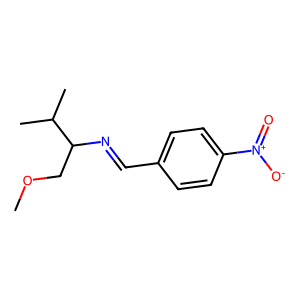
SMILES: COCC(N=Cc1ccc([N+](=O)[O-])cc1)C(C)C
Inhibits HIV replication: No